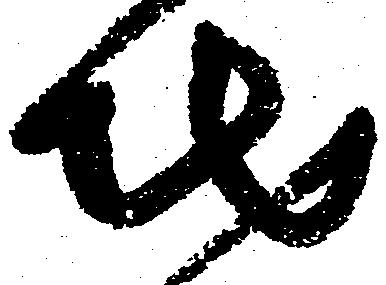
地